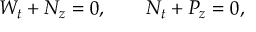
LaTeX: W _ { t } + N _ { z } = 0 , \qquad N _ { t } + P _ { z } = 0 ,